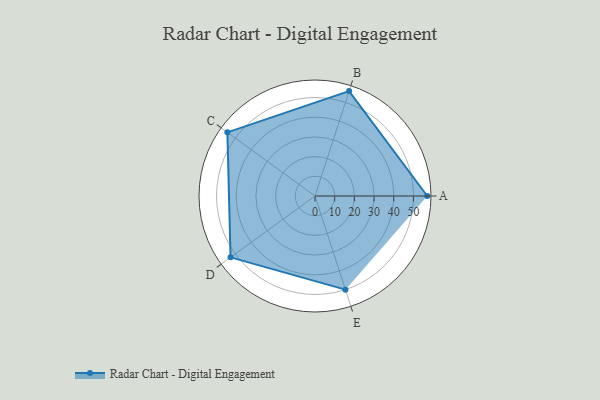
{"axis": {"x": "Skill", "y": "Score"}, "legend": ["Profile"], "data": [{"x": "A", "y": 57.0, "type": "Profile"}, {"x": "B", "y": 56.0, "type": "Profile"}, {"x": "C", "y": 55.0, "type": "Profile"}, {"x": "D", "y": 53.0, "type": "Profile"}, {"x": "E", "y": 50.0, "type": "Profile"}]}